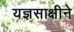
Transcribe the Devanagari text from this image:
यज्ञसाक्षीने